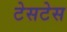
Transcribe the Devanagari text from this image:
टेसटेस